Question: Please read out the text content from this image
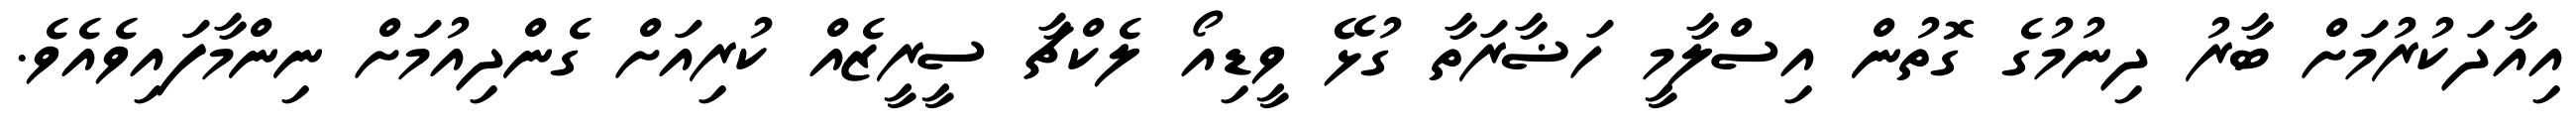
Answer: އިއާދަކުރުމަށް ބާރު ދިނުމުގެ ގޮތުން އިސްލާމީ ހަޟާރަތާ ގުޅޭ ވީޑިއޯ ލެކްޗާ ސީރީޒެއް ކުރިއަށް ގެންދިއުމަށް ނިންމާފައިވެއެވެ.